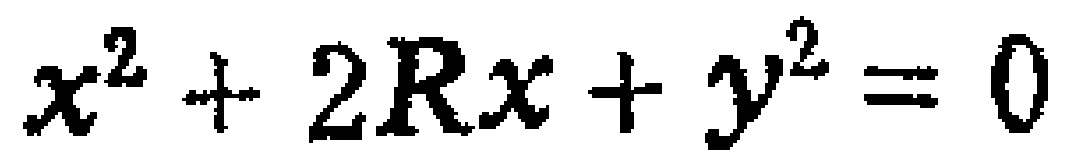
$x^{2}+2Rx + y^{2}=0$